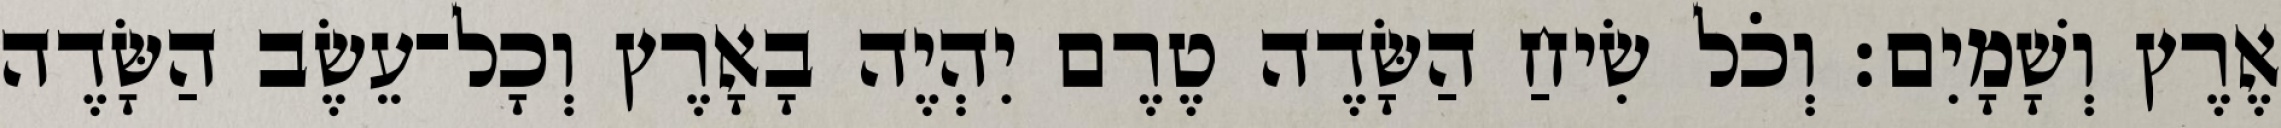
אֶרֶץ וְשָׁמָיִם׃ וְכֹל שִׂיחַ הַשָּׂדֶה טֶרֶם יִהְיֶה בָאָרֶץ וְכָל־עֵשֶׂב הַשָּׂדֶה